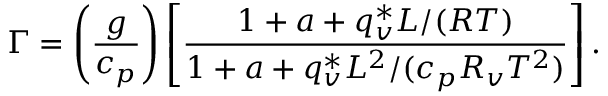
\Gamma = \left( \frac { g } { c _ { p } } \right) \left[ \frac { 1 + a + q _ { v } ^ { * } L / ( R T ) } { 1 + a + q _ { v } ^ { * } L ^ { 2 } / ( c _ { p } R _ { v } T ^ { 2 } ) } \right] .